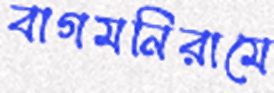
বাগমনিরামে